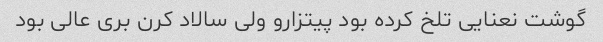
گوشت نعنایی تلخ کرده بود پیتزارو ولی سالاد کرن بری عالی بود